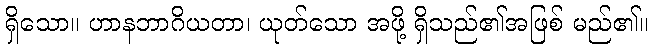
ရှိသော။ ဟာနဘာဂိယတာ၊ ယုတ်သော အဖို့ ရှိသည်၏အဖြစ် မည်၏။